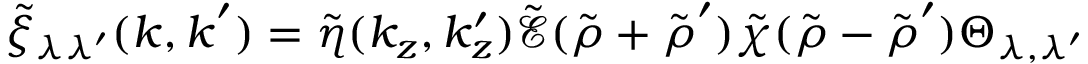
\tilde { \xi } _ { \lambda \lambda ^ { \prime } } ( \boldsymbol { k } , \boldsymbol { k } ^ { \prime } ) = \tilde { \eta } ( k _ { z } , k _ { z } ^ { \prime } ) \tilde { \mathcal { E } } ( \tilde { \boldsymbol { \rho } } + \tilde { \boldsymbol { \rho } } ^ { \prime } ) \tilde { \chi } ( \tilde { \boldsymbol { \rho } } - \tilde { \boldsymbol { \rho } } ^ { \prime } ) \Theta _ { \lambda , \lambda ^ { \prime } }